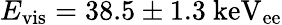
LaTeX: E_{\mathrm{vis}}=38.5\pm 1.3~\mathrm{keV_{ee}}